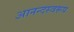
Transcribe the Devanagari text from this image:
आनन्दस्वरूप